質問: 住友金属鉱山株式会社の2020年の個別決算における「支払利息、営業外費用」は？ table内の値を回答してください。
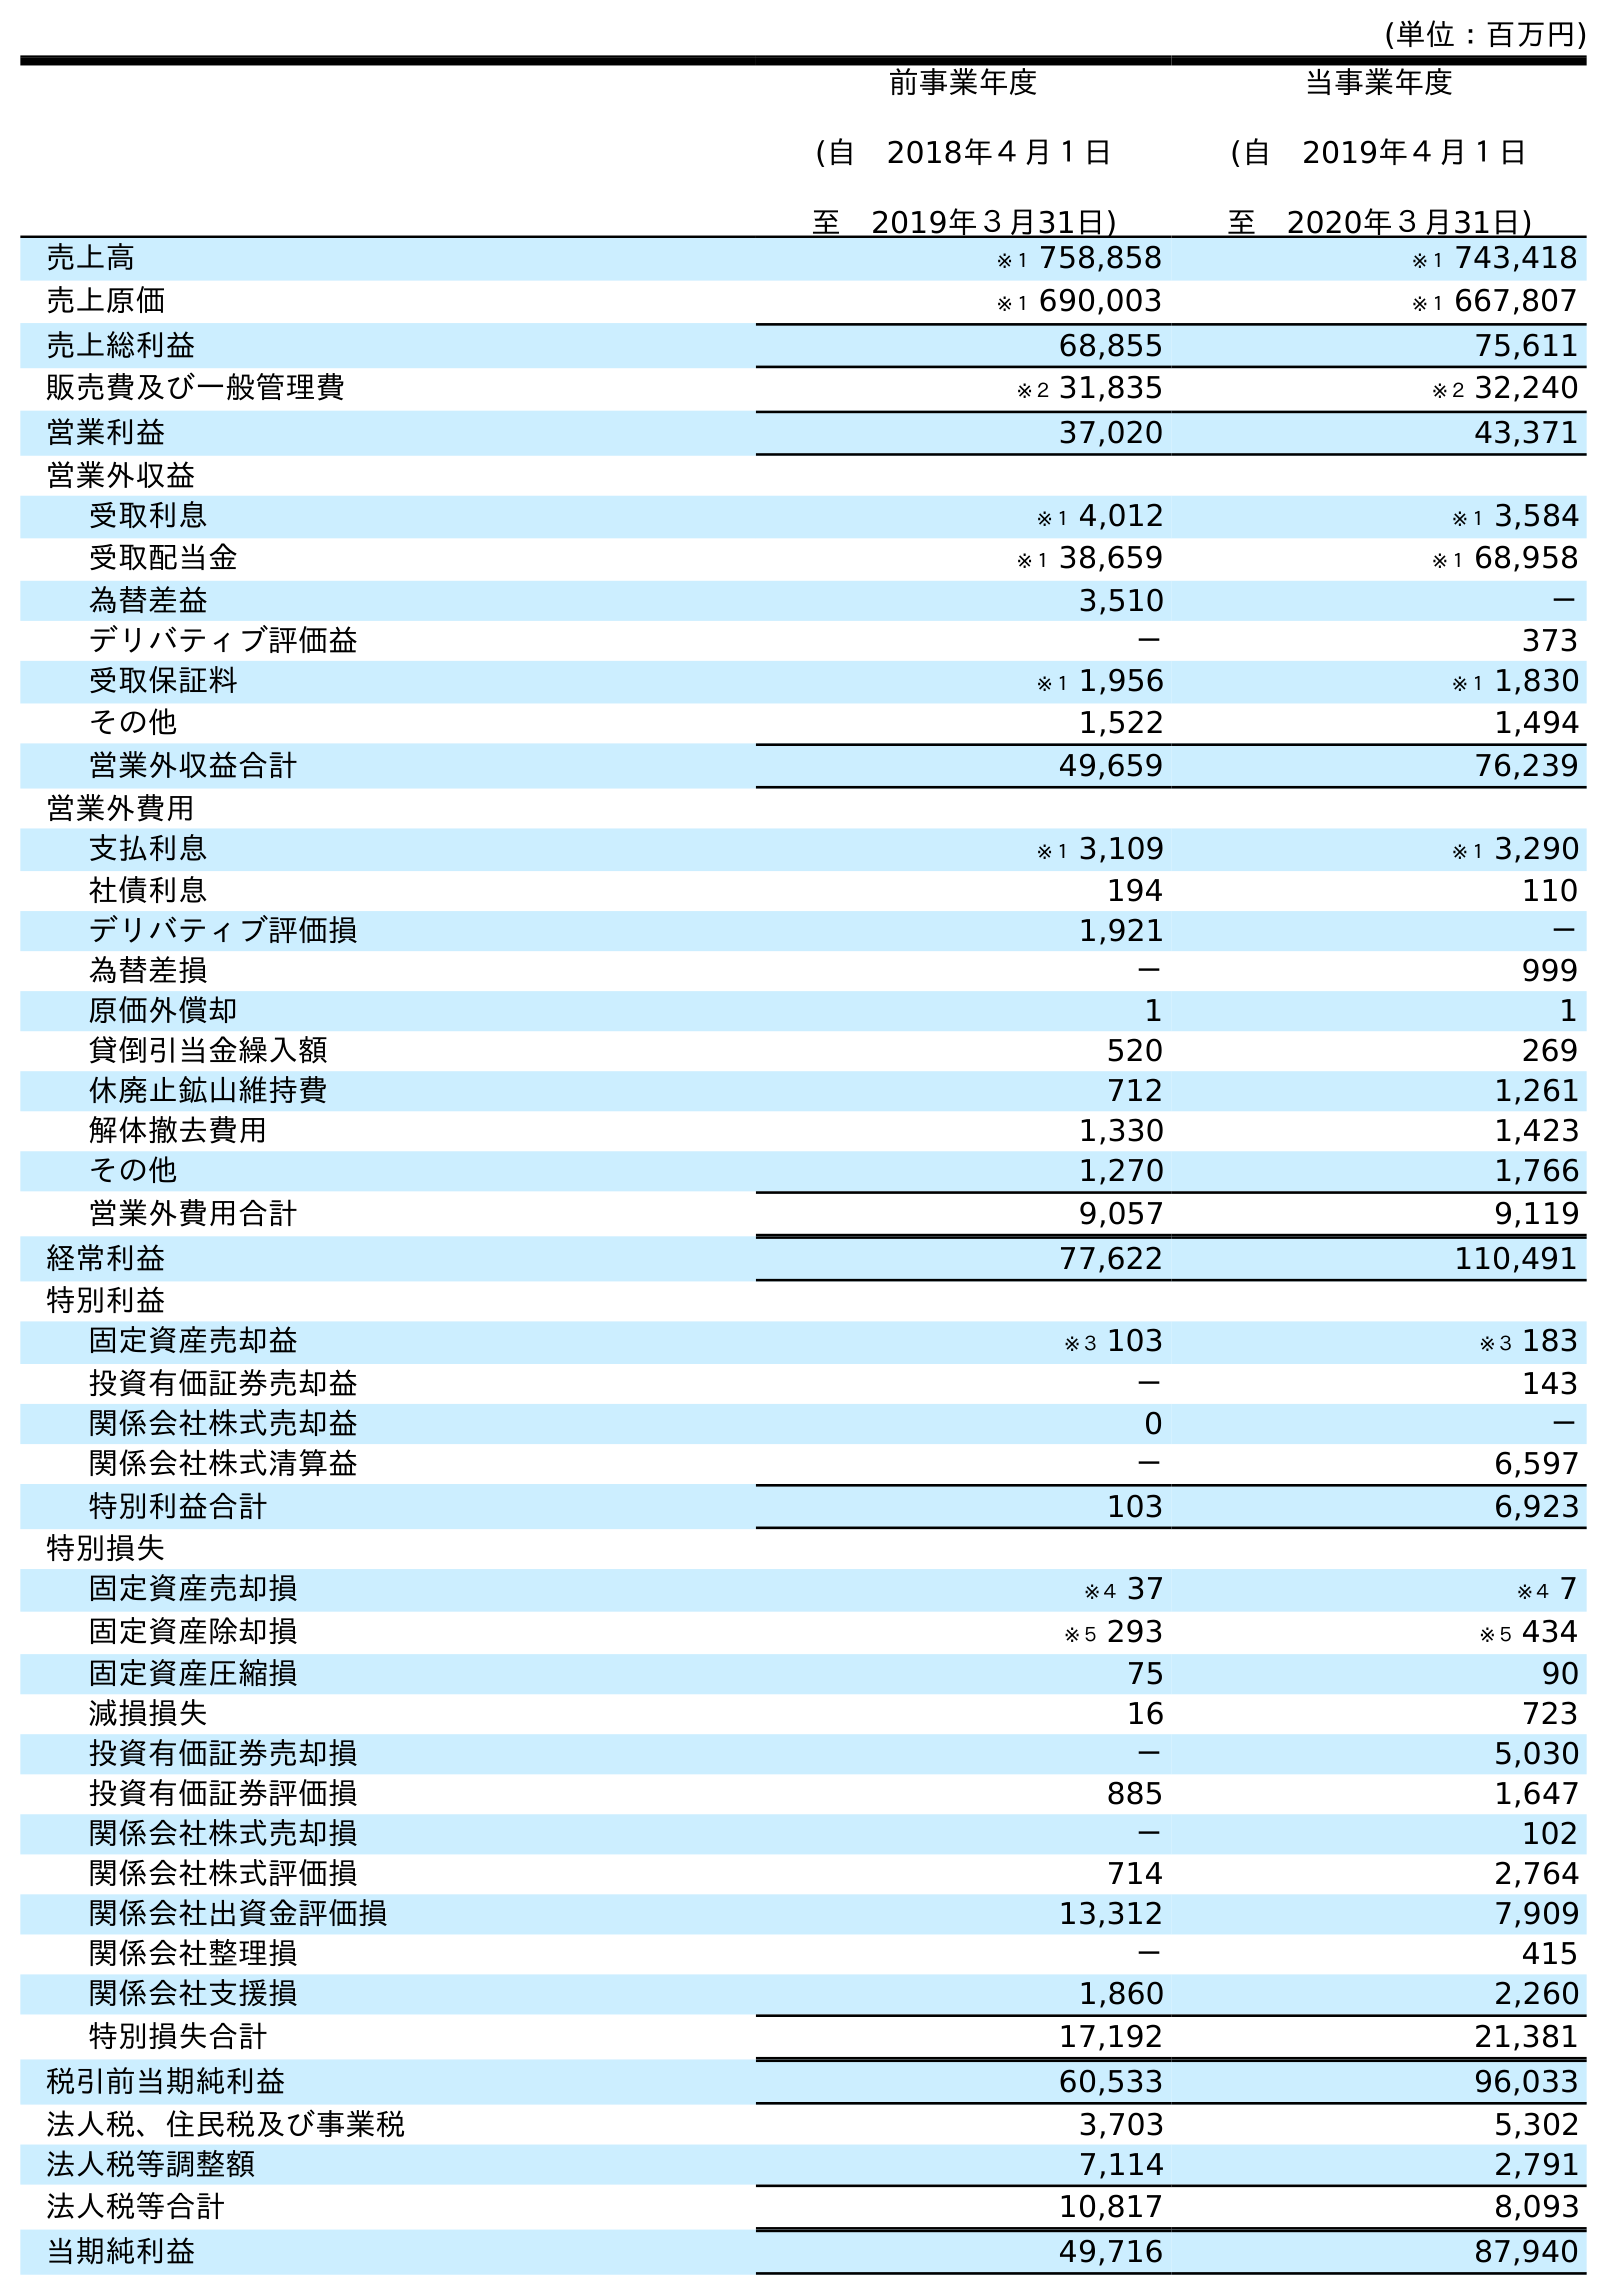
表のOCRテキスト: (単位：百万円) 前事業年度 (自 2018年４月１日 至 2019年３月31日) 当事業年度 (自 2019年４月１日 至 2020年３月31日) 売上高 ※１ 758,858 ※１ 743,418 売上原価 ※１ 690,003 ※１ 667,807 売上総利益 68,855 75,611 販売費及び一般管理費 ※２ 31,835 ※２ 32,240 営業利益 37,020 43,371 営業外収益 受取利息 ※１ 4,012 ※１ 3,584 受取配当金 ※１ 38,659 ※１ 68,958 為替差益 3,510 － デリバティブ評価益 － 373 受取保証料 ※１ 1,956 ※１ 1,830 その他 1,522 1,494 営業外収益合計 49,659 76,239 営業外費用 支払利息 ※１ 3,109 ※１ 3,290 社債利息 194 110 デリバティブ評価損 1,921 － 為替差損 － 999 原価外償却 1 1 貸倒引当金繰入額 520 269 休廃止鉱山維持費 712 1,261 解体撤去費用 1,330 1,423 その他 1,270 1,766 営業外費用合計 9,057 9,119 経常利益 77,622 110,491 特別利益 固定資産売却益 ※３ 103 ※３ 183 投資有価証券売却益 － 143 関係会社株式売却益 0 － 関係会社株式清算益 － 6,597 特別利益合計 103 6,923 特別損失 固定資産売却損 ※４ 37 ※４ 7 固定資産除却損 ※５ 293 ※５ 434 固定資産圧縮損 75 90 減損損失 16 723 投資有価証券売却損 － 5,030 投資有価証券評価損 885 1,647 関係会社株式売却損 － 102 関係会社株式評価損 714 2,764 関係会社出資金評価損 13,312 7,909 関係会社整理損 － 415 関係会社支援損 1,860 2,260 特別損失合計 17,192 21,381 税引前当期純利益 60,533 96,033 法人税、住民税及び事業税 3,703 5,302 法人税等調整額 7,114 2,791 法人税等合計 10,817 8,093 当期純利益 49,716 87,940
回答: ※１3,290